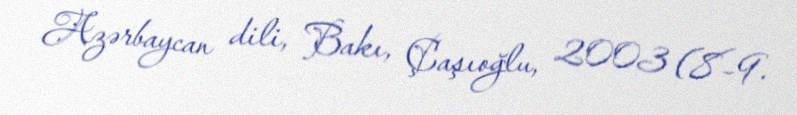
Azərbaycan dili, Bakı, Çaşıoğlu, 2003 (8–9.